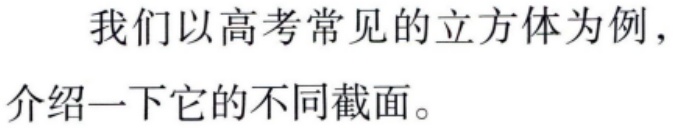
我们以高考常见的立方体为例，介绍一下它的不同截面。